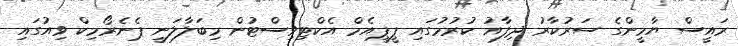
ރައީސް ޔާމީންގެ ސަރުކާރު ދިފާއު ކުރުމުގައި ޕީޕީއެމް އެކްޓިވިސްޓުން މިބަލާލަނީ ޕެނެރޯމިކް ވިއުގައި